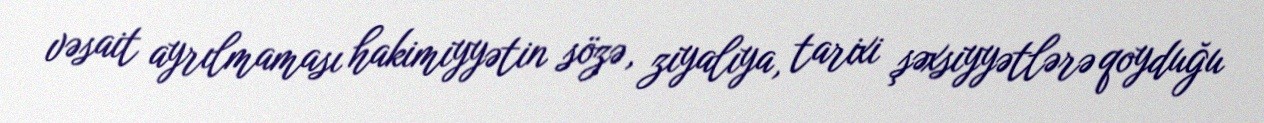
vəsait ayrılmaması hakimiyyətin sözə, ziyalıya, tarixi şəxsiyyətlərə qoyduğu